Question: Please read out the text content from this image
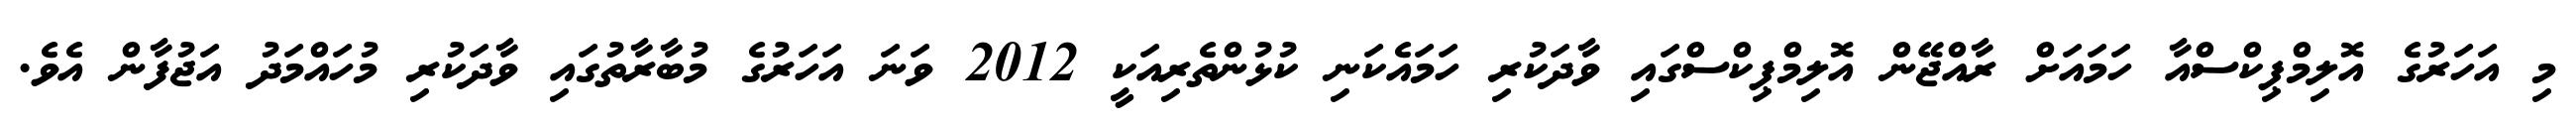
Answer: މި އަހަރުގެ އޮލިމްޕިކްސްއާ ހަމައަށް ރާއްޖޭން އޮލިމްޕިކްސްގައި ވާދަކުރި ހަމައެކަނި ކުޅުންތެރިއަކީ 2012 ވަނަ އަހަރުގެ މުބާރާތުގައި ވާދަކުރި މުހައްމަދު އަޖުފާން އެވެ.